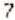
7